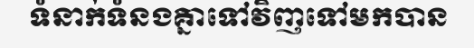
ទំនាក់ទំនងគ្នាទៅវិញទៅមកបាន